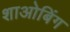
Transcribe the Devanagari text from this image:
शाओबिंग